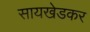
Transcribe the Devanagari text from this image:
सायखेडकर